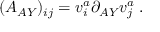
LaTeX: ( A _ { A Y } ) _ { i j } = v _ { i } ^ { a } \partial _ { A Y } v _ { j } ^ { a } \; .